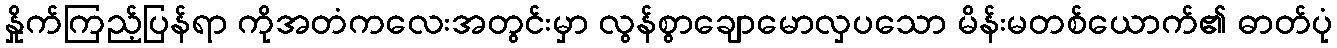
နှိုက်ကြည့်ပြန်ရာ ကိုအတံကလေးအတွင်းမှာ လွန်စွာချောမောလှပသော မိန်းမတစ်ယောက်၏ ဓာတ်ပုံ